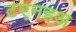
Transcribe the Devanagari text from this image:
टएनहअ